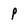
Character: p